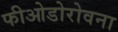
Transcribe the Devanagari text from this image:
फीओडोरोवना